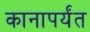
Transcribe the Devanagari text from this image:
कानापर्यंत